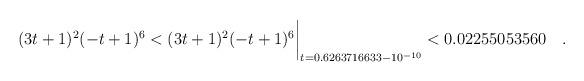
LaTeX: \begin{align*} (3t+1)^2(-t+1)^6& < (3t+1)^2(-t+1)^6\biggr\rvert_{t=0.6263716633 - 10^{-10}} < 0.02255053560 \quad . \end{align*}